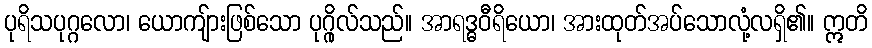
ပုရိသပုဂ္ဂလော၊ ယောကျ်ားဖြစ်သော ပုဂ္ဂိုလ်သည်။ အာရဒ္ဓဝီရိယော၊ အားထုတ်အပ်သောလုံ့လရှိ၏။ ဣတိ